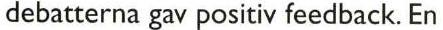
debatterna gav positiv feedback. En